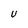
Character: U